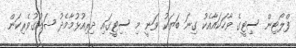
ފްލޯޓިން ސިޓީގެ ވާހަކައާއެކު ގިނަ ބަޔަކު ވަނީ މި ސިޓީގައި ދިރިއުޅުމާމެދު ޝައުގުވެރިކަން